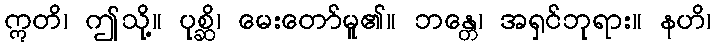
ဣတိ၊ ဤသို့။ ပုစ္ဆိ၊ မေးတော်မူ၏။ ဘန္တေ၊ အရှင်ဘုရား။ နဟိ၊